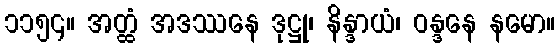
၁၁၅၄။ အတ္ထံ အဒဿနေ ဒုဋ္ဌု၊ နိန္ဒာယံ၊ ဝန္ဒနေ နမော။